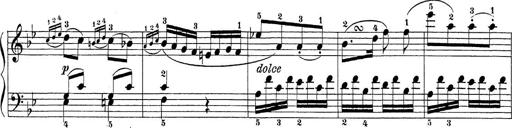
Title: Sonatina Album
Composer: Louis KÃ¶hler